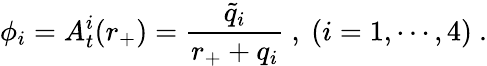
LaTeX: \phi_{i}=A_{t}^{i}(r_{+})={\frac{\tilde{q}_{i}}{r_{+}+q_{i}}}\ ,\ (i=1,\cdots,4)\ .